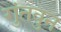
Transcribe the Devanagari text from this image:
गुंतवुन